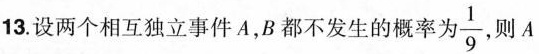
13.设两个相互独立事件A，B都不发生的概率 $$\frac{1}{9}$$ 则A